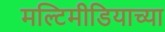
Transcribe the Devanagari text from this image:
मल्टिमीडियाच्या